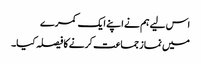
اس لیے ہم نے اپنے ایک کمرے
میں نماز جماعت کرنے کا فیصلہ کیا۔